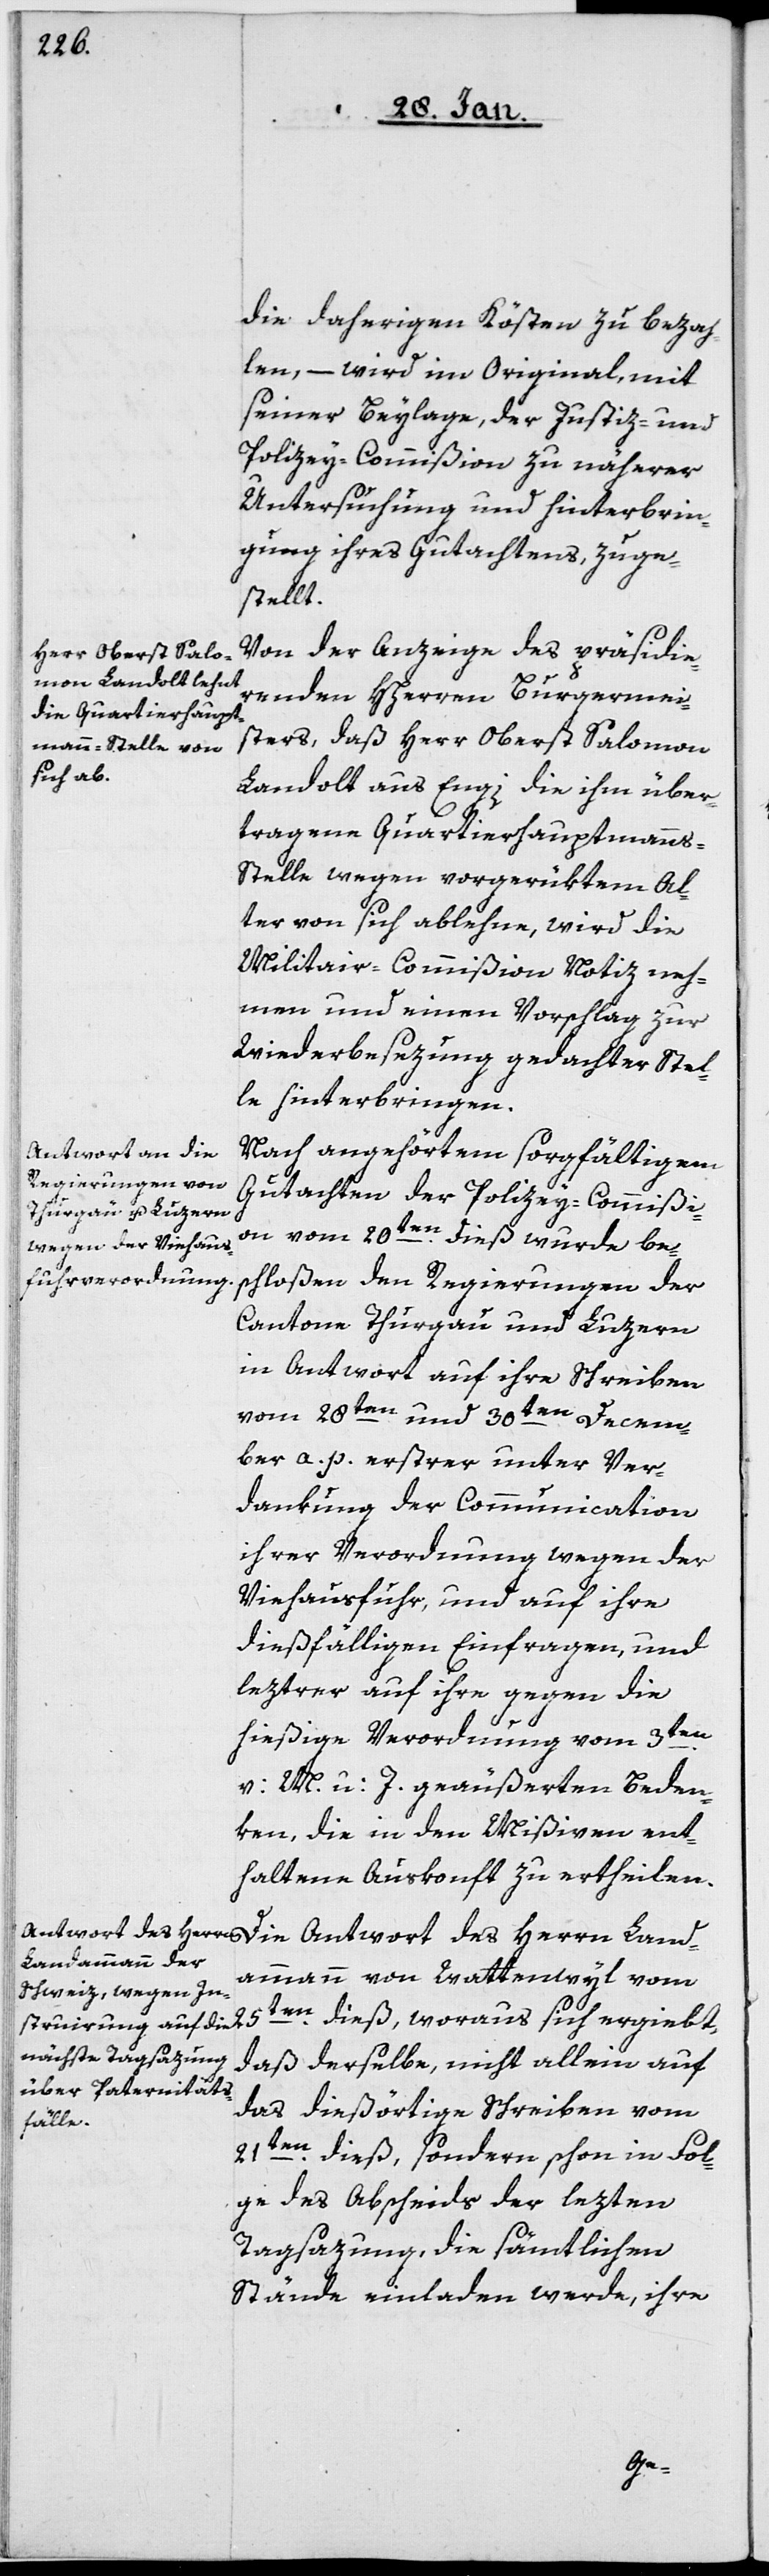
die daherigen Kösten zu bezah¬
len, – wird im Original, mit
seiner Beylage, der Justiz- und
Polizey-Commißion zu näherer
Untersuchung und hinterbrin¬
gung ihres Gutachtens, zuge¬
stellt.
Von der Anzeige des präsidie¬
renden HHerren Burgermei¬
sters, daß Herr Oberst Salomon
Landolt aus Engi, die ihm über¬
tragene Quartierhauptmanns-S¬
telle wegen vorgerüktem Al¬
ter von sich ablehne, wird die
Militair-Commißion Notiz neh¬
men und einen Vorschlag zur
Wiederbesezung gedachter Stel¬
le hinterbringen.
Nach angehörtem sorgfältigem
Gutachten der Polizey-Commißi¬
on vom 20sten. dieß wurde be¬
schloßen den Regierungen der
Cantone Thurgau und Luzern
in Antwort auf ihre Schreiben
vom 28sten und 30sten Decem¬
ber a. p., erstrer unter Ver¬
dankung der Communication
ihrer Verordnung wegen der
Viehausfuhr, und auf ihre
dießfälligen Einfragen, und
leztrer auf ihre gegen die
hießige Verordnung vom 3ten.
v: M. u: J. geäußerten Beden¬
ken, die in den Mißiven ent¬
haltene Auskonft zu ertheilen.
Landammann von Wattenwyl vom
25ten. dieß, woraus sich ergiebt,
daß derselbe nicht allein auf
das dießörtige Schreiben vom
21ten dieß, sondern schon in Fol¬
ge des Abscheids der lezten
Tagsazung, die sämtlichen
Stände einladen werde, ihre